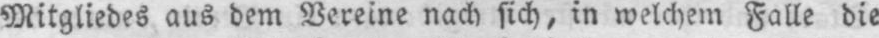
Mitgliedes aus dem Vereine nach sich, in welchem Falle die